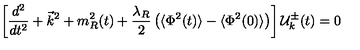
\left[ \frac { d ^ { 2 } } { d t ^ { 2 } } + \vec { k } ^ { 2 } + m _ { R } ^ { 2 } ( t ) + \frac { \lambda _ { R } } { 2 } \left( \langle \Phi ^ { 2 } ( t ) \rangle - \langle \Phi ^ { 2 } ( 0 ) \rangle \right) \right] { \cal { U } } _ { k } ^ { \pm } ( t ) = 0